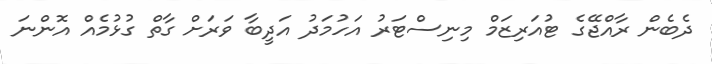
ދެބެން ރާއްޖޭގެ ޓުއަރިޒަމް މިނިސްޓަރު އަހުމަދު އަދީބާ ވަރަށް ގާތް ގުޅުމެއް އޮންނަ